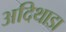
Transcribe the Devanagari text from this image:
अदिथाडा